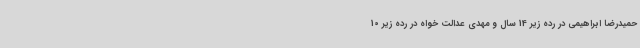
حمیدرضا ابراهیمی در رده زیر 14 سال و مهدی عدالت خواه در رده زیر 10